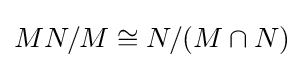
MN/M\cong N/(M\cap N)